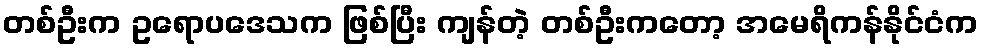
တစ်ဦးက ဥရောပဒေသက ဖြစ်ပြီး ကျန်တဲ့ တစ်ဦးကတော့ အမေရိကန်နိုင်ငံက